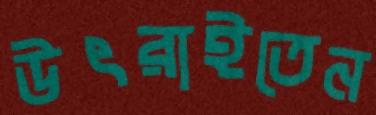
উৎরাইতেন